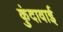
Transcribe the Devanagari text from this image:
कुंदावाई